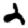
Digit: 2